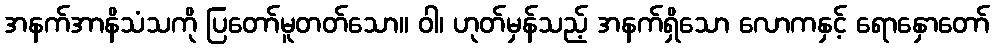
အနက်အာနိသံသကို ပြတော်မူတတ်သော။ ဝါ၊ ဟုတ်မှန်သည့် အနက်ရှိသော လောကနှင့် ရောနှောတော်